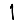
Digit: 1